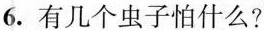
6.有几个虫子怕什么？